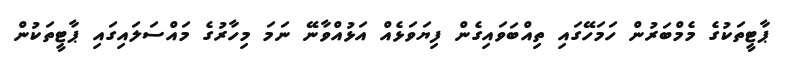
ޕާޓީތަކުގެ މެމްބަރުން ހަމަހޭގައި ތިއްބަވައިގެން ފިޔަވަޅެއް އަޅުއްވާނޭ ނަމަ މިހާރުގެ މައްސަލައިގައި ޕާޓީތަކުން